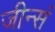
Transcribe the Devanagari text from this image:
जीन्सं